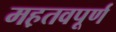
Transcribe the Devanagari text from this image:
मह़तवपूर्ण